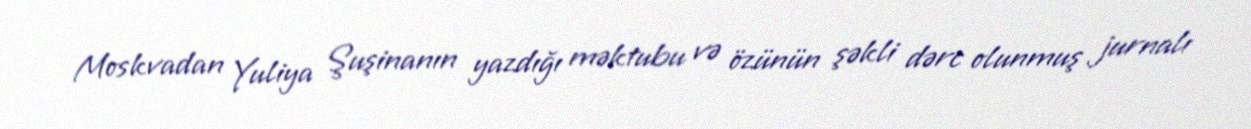
Moskvadan Yuliya Şuşinanın yazdığı məktubu və özünün şəkli dərc olunmuş jurnalı